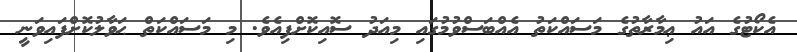
އެކޯޓުގެ އައު ޢިމާރާތުގެ މަސައްކަތު އެއްބަސްވުމުގައި މިއަދު ސޮއިކޮށްފިއެވެ. މި މަސައްކަތް ޙަވާލުކޮށްފައިވަނީ